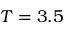
T = 3 . 5